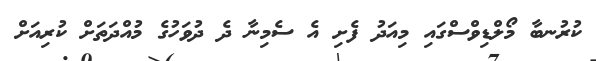
ކުރުނބާ މޯލްޑިވްސްގައި މިއަދު ފެށި އެ ސެމިނާ ދެ ދުވަހުގެ މުއްދަތަށް ކުރިއަށް